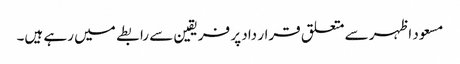
مسعود اظہر سے متعلق قرار داد پر فریقین سے رابطے میں رہے ہیں۔